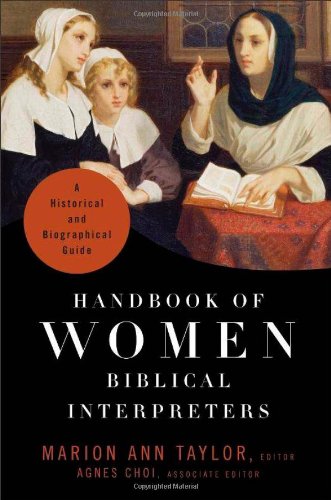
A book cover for Handbook of Women Biblical Interpreters: A Historical and Biographical Guide; Christian Books & Bibles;